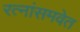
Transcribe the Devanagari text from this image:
रत्नांसमवेत